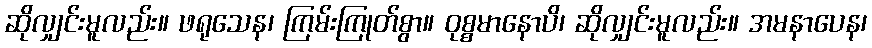
ဆိုလျှင်းမူလည်း။ ဖရုသေန၊ ကြမ်းကြုတ်စွာ။ ဝုစ္စမာနောပိ၊ ဆိုလျှင်းမူလည်း။ အမနာပေန၊